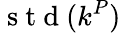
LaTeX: \mathrm{~s~t~d~}(k^{P})